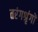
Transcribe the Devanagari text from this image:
तरंगश्रृंगों